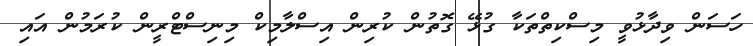
ހަސަން ވިދާޅުވީ މިސްކިތްތަކާ ގުޅޭ ގޮތުން ކުރިން އިސްލާމިކް މިނިސްޓްރީން ކުރަމުން އައި